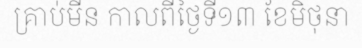
គ្រាប់មីន កាលពីថ្ងៃទី១៣ ខែមិថុនា